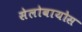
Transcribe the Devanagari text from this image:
सेलोबायोस